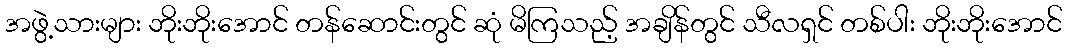
အဖွဲ့သားများ ဘိုးဘိုးအောင် တန်ဆောင်းတွင် ဆုံ မိကြသည့် အချိန်တွင် သီလရှင် တစ်ပါး ဘိုးဘိုးအောင်